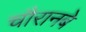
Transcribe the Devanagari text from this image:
चौरानबे